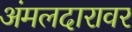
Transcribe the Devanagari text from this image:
अंमलदारावर